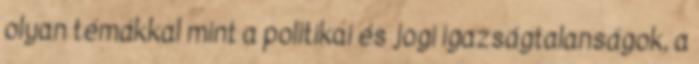
olyan témákkal mint a politikai és jogi igazságtalanságok, a